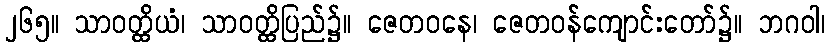
၂၆၅။ သာဝတ္ထိယံ၊ သာဝတ္ထိပြည်၌။ ဇေတဝနေ၊ ဇေတဝန်ကျောင်းတော်၌။ ဘဂဝါ၊